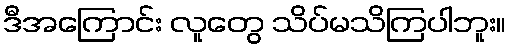
ဒီအကြောင်း လူတွေ သိပ်မသိကြပါဘူး။